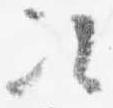
次